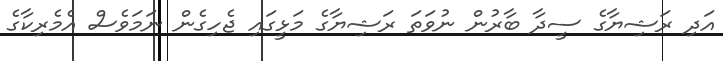
އަދި ރަޝިޔާގެ ސީދާ ބާރުން ނުވަތަ ރަޝިޔާގެ މަޅީގައި ޖެހިގެން ނަމަވެސް އެމެރިކާގެ